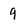
Character: 9